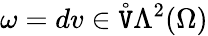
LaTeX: \omega=dv\in\mathring{\mathtt{V}}\Lambda^{2}(\Omega)